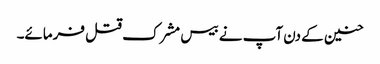
حنین کے دن آپ نے بیس مشرک قتل فرمائے۔